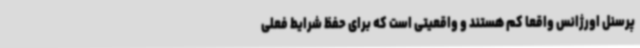
پرسنل اورژانس واقعا کم هستند و واقعیتی است که برای حفظ شرایط فعلی